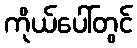
ကိုယ်ပေါ်တွင်